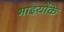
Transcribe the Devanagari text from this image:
भाइयोंके